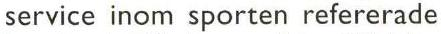
service inom sporten refererade